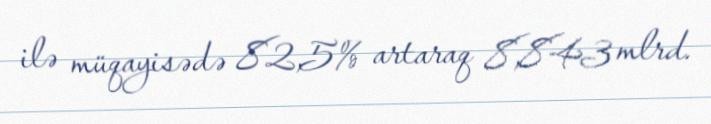
ilə müqayisədə 82,5% artaraq 8,843 mlrd.